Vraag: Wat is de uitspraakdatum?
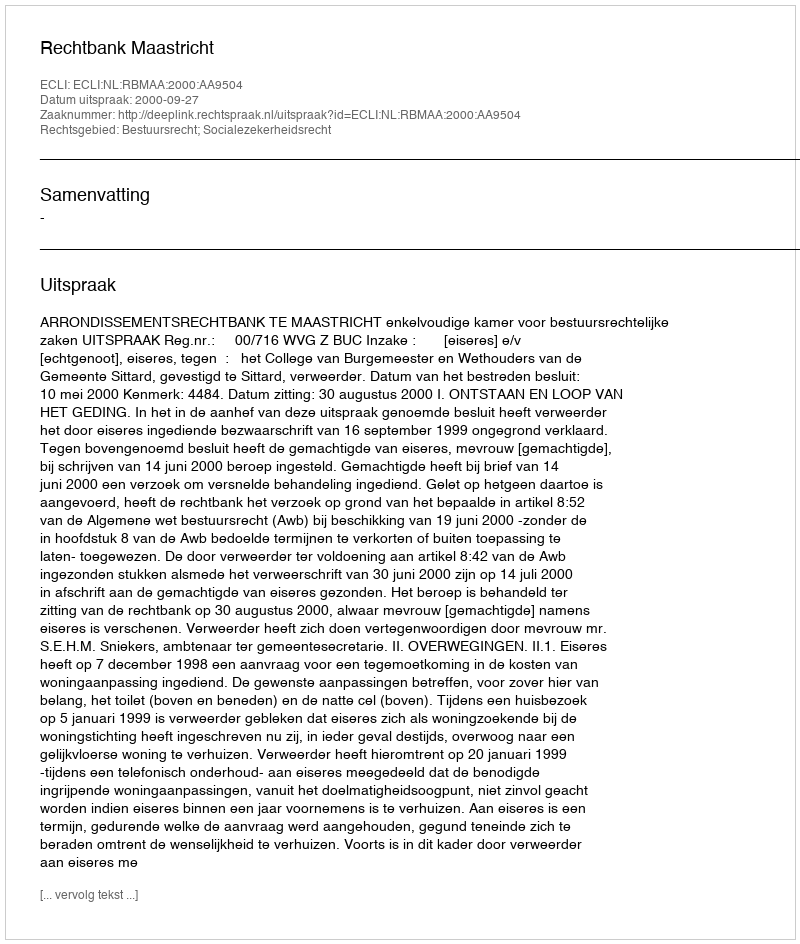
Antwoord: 2000-09-27